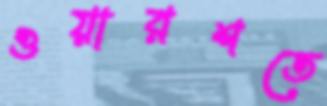
ওয়ারশতে